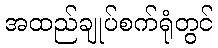
အထည်ချုပ်စက်ရုံတွင်